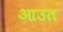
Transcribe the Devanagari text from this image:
आउत